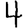
Digit: 4